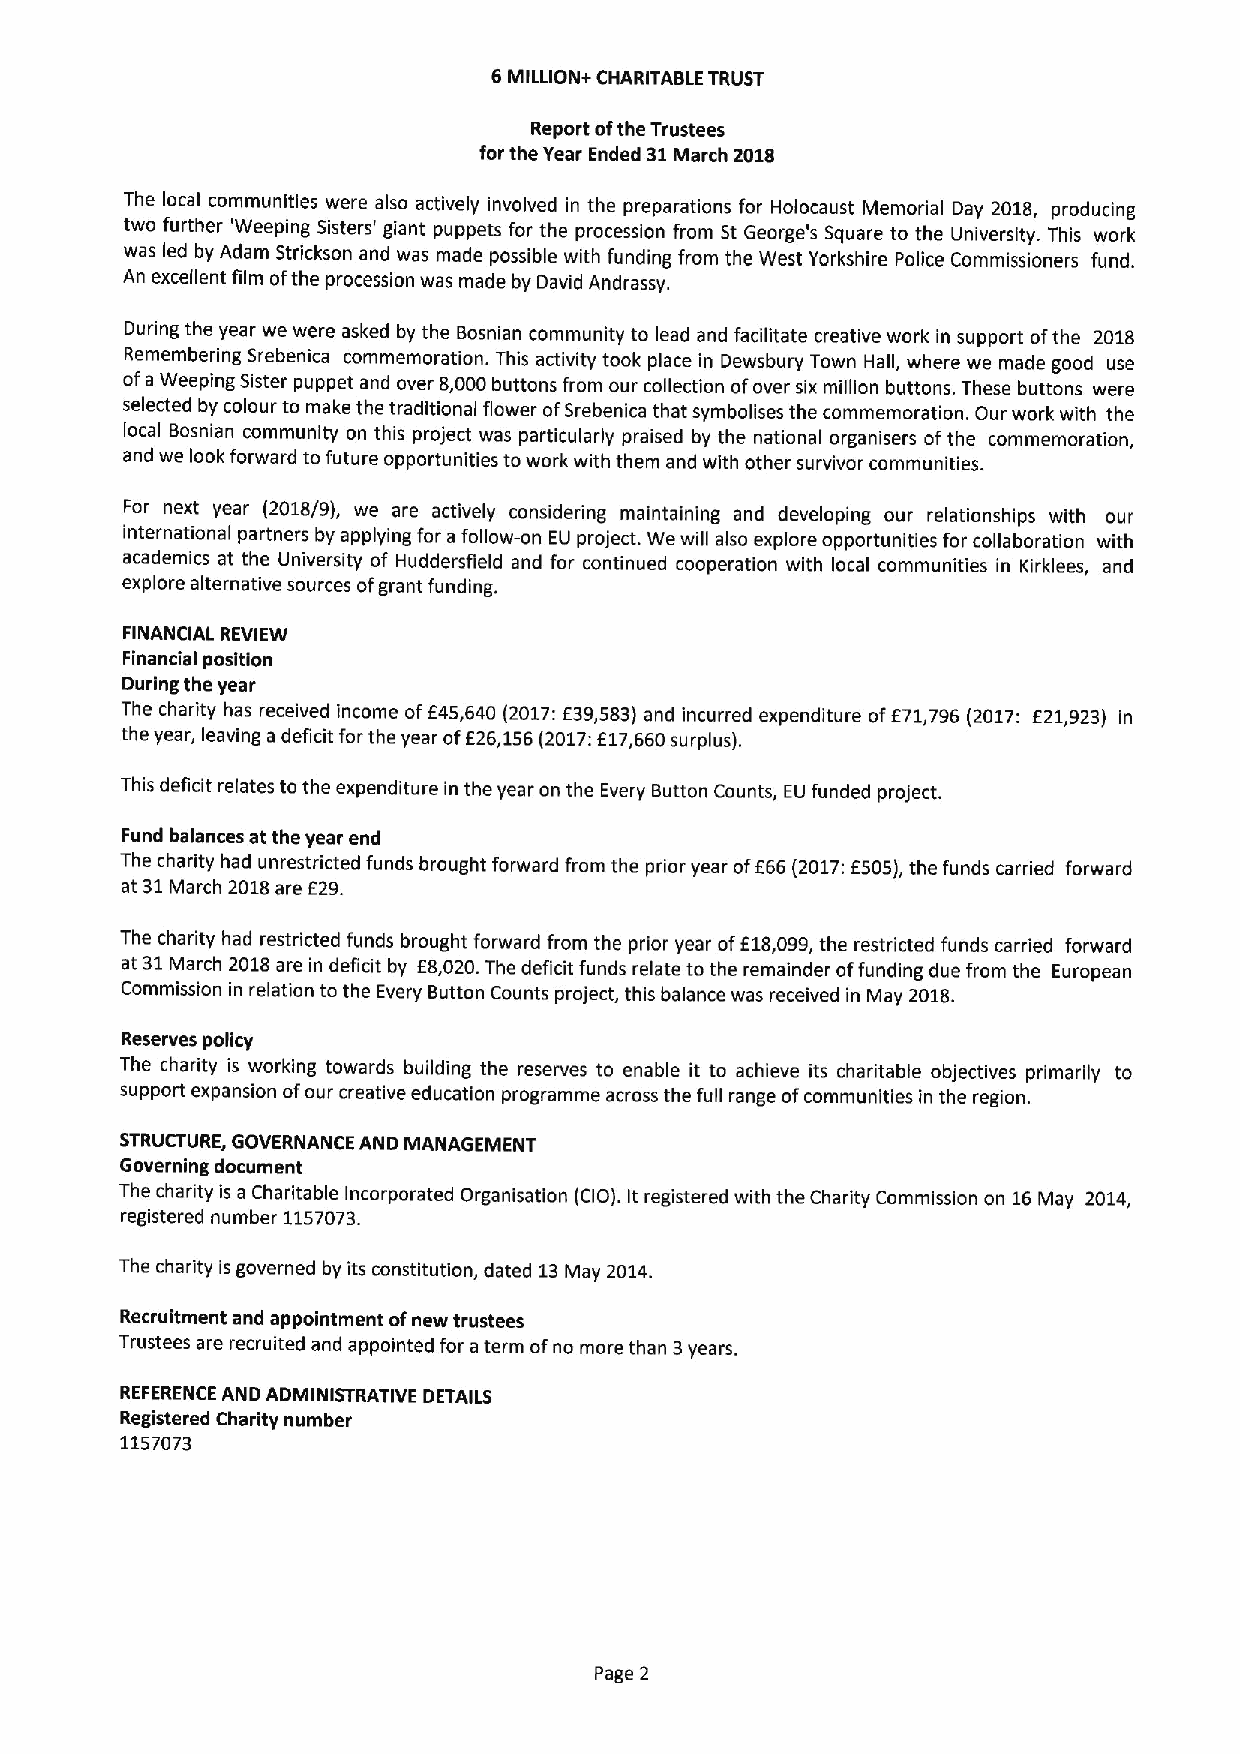
6MILLION+ CHARITABLE TRUST
 Report ofthe Trustees
 for the Year Ended 31March 2018
 The local communities were also actively involved in the preparations for Holocaust Memorial Day 2018, producing
 two further 'Weeping Sisters' giant puppets for the procession from St George's Square to the University. This work
 was led by Adam Strickson and was made possible with funding from the West Yorkshire Police Commissioners fund.
 An excellent film ofthe procession was made by David Andrassy.
 During the year we were asked by the Bosnian community to lead and facilitate creative work in support ofthe 2018
 Remembering Srebenica commemoration. This activity took place in Dewsbury Town Hall, where we made good use
 ofa Weeping Sister puppet and over 8,000buttons from our collection ofover six million buttons. These buttons were
 selected by colour to make the traditional flower ofSrebenica that symbolises the commemoration. Our work with the
 local Bosnian community on this project was particularly praised by the national organisers ofthe commemoration,
 and we look forward to future opportunities towork with them and with other survivor communities.
 For next year (2018/9), we are actively considering maintaining and developing our relationships with our
 international partners by applying for a follow-on EU project. We will also explore opportunities for collaboration with
 academics at the University of Huddersfield and for continued cooperation with local communities in Kirklees, and
 explore alternative sources ofgrant funding.
 FINANCIAL REVIEW
 Financial position
 During the year
 The charity has received income ofE45,640 (2017:E39,583) and incurred expenditure ofE71,796(2017: E21,923) in
 the year, leaving a deficit for the year ofE26,156(2017:E17,660surplus).
 This deficit relates to the expenditure in the year on the Every Button Counts, EU funded project.
 Fund balances at the year end
 The charity had unrestricted funds brought forward from the prior year ofE66(2017:6505),the funds carried forward
 at 31March 2018are E29.
 The charity had restricted funds brought forward from the prior year ofE18,099,the restricted funds carried forward
 at 31March 2018are in deficit by E8,020.The deficit funds relate to the remainder offunding due from the European
 Commission in relation to the Every Button Counts project, this balance was received in May 2018.
 Reserves policy
 The charity is working towards building the reserves to enable it to achieve its charitable objectives primarily to
 support expansion ofour creative education programme across the full range ofcommunities in the region.
 STRUCTURE, GOVERNANCE AND MANAGEMENT
 Governing document
 The charity is a Charitable Incorporated Organisation (CIO). It registered with the Charity Commission on 16May 2014,
 registered number 1157073.
 The charity is governed by its constitution, dated 13May 2014.
 Recruitment and appointment ofnew trustees
 Trustees are recruited and appointed for aterm ofno more than 3years.
 REFERENCE AND ADMINISTRATIVE DETAILS
 Registered Charity number
 1157073
 Page 2